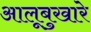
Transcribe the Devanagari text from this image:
आलूबुखारे